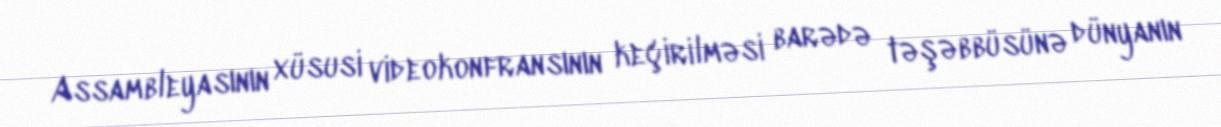
Assambleyasının xüsusi videokonfransının keçirilməsi barədə təşəbbüsünə dünyanın